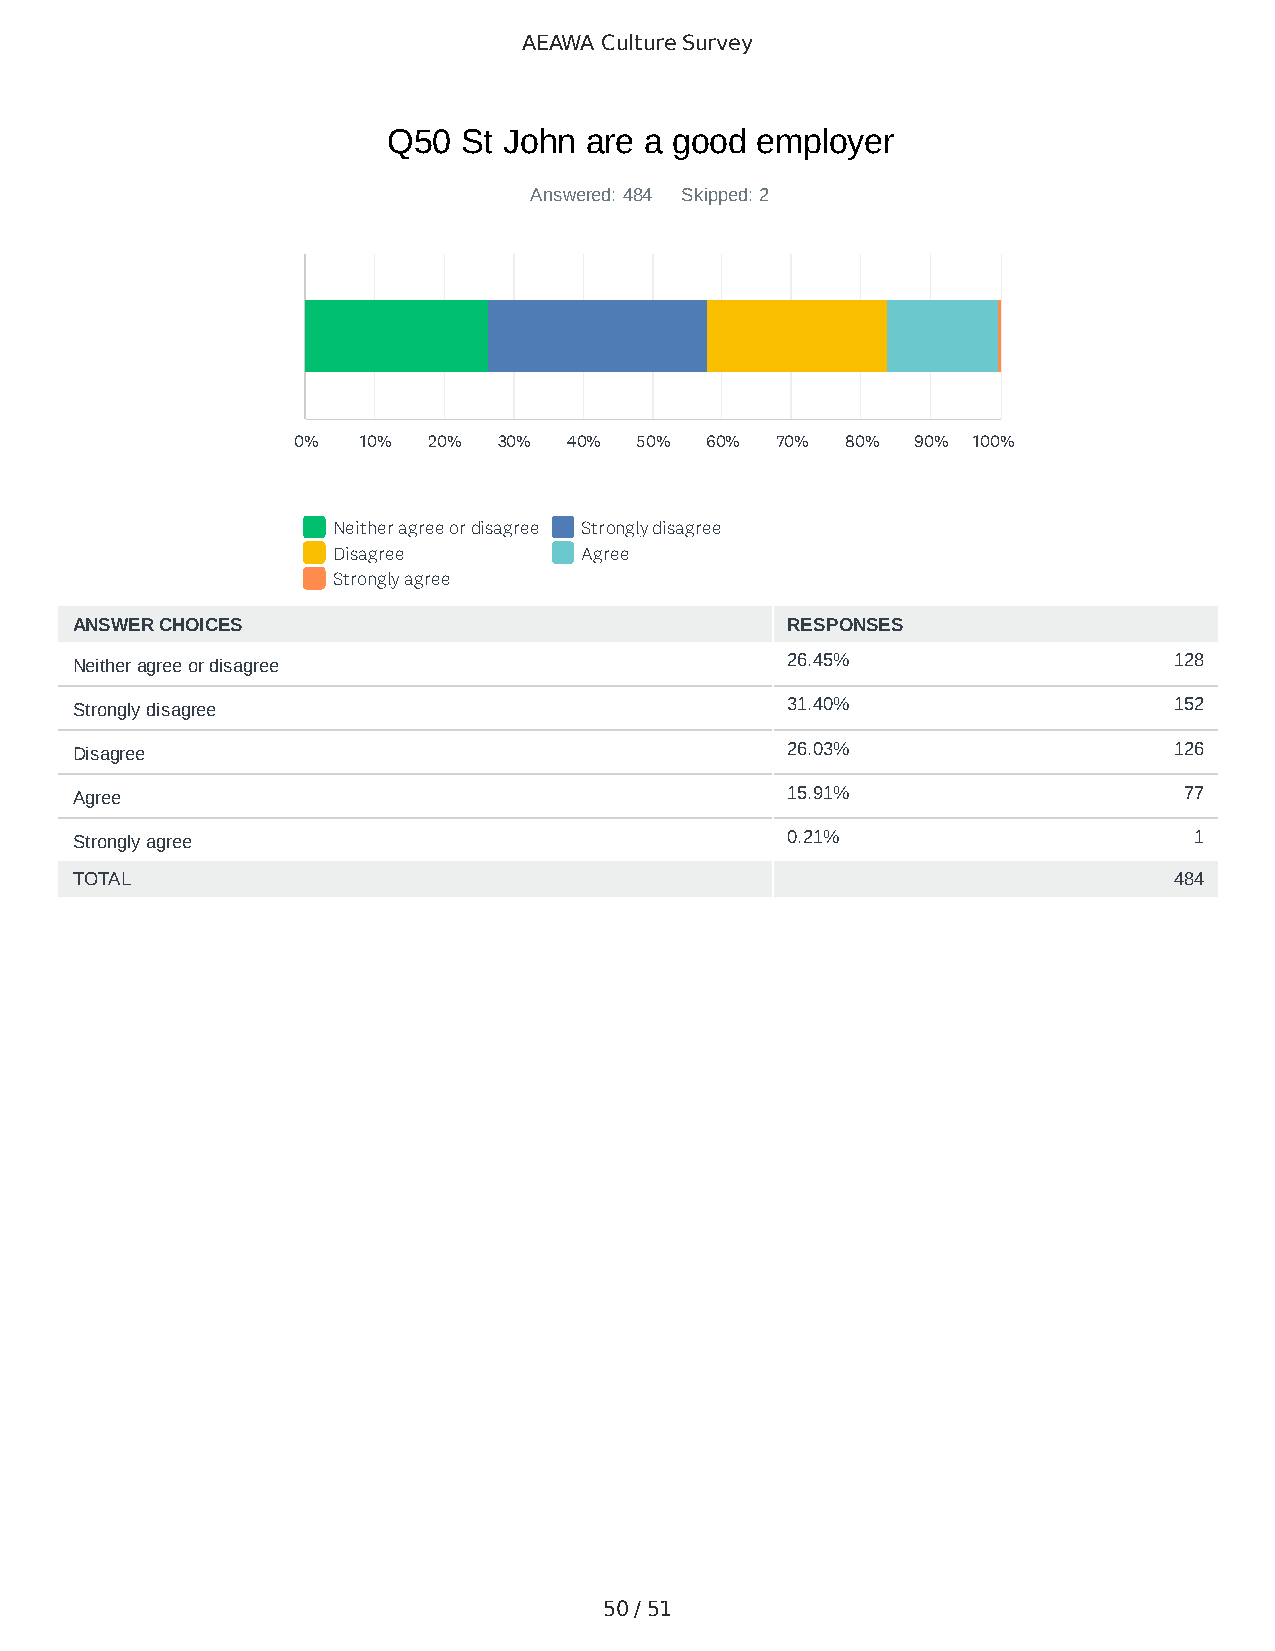
AEAWA Culture Survey
 Q50 St John  are a good employer
 Answered: 484 Skipped: 2
 0%   10% 20%  30%  40% 50%  60% 70%  80%  90% 100%
 Neither agree or disagree Strongly disagree
 Disagree        Agree
 Strongly agree
 ANSWER CHOICES                                 RESPONSES
 Neither agree or disagree                      26.45%                    128
 Strongly disagree                              31.40%                    152
 Disagree                                       26.03%                    126
 Agree                                          15.91%                    77
 Strongly agree                                 0.21%                      1
 TOTAL                                                                    484
 50 / 51